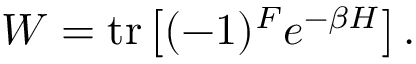
W = \mathrm { t r } \left[ ( - 1 ) ^ { F } e ^ { - \beta H } \right] .